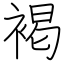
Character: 褐